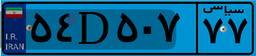
۵۴D۵۰۷۷۷